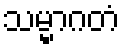
သမ္မာဂတံ